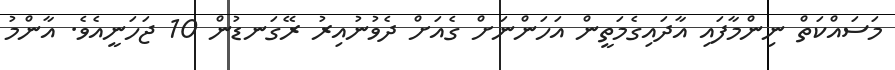
މަސައްކަތް ނިންމާފައި އާދައިގެމަތީން އަހަންނަށް ގެއަށް ދެވުނުއިރު ރޭގަނޑުން 10 ޖަހަނީއެވެ. އާންމު